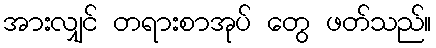
အားလျှင် တရားစာအုပ် တွေ ဖတ်သည်။